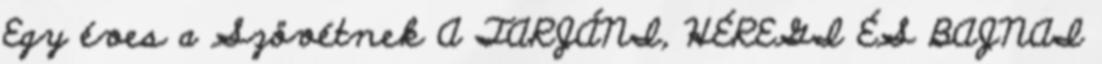
Egy éves a Szövétnek A TARJÁNI, HÉREGI ÉS BAJNAI